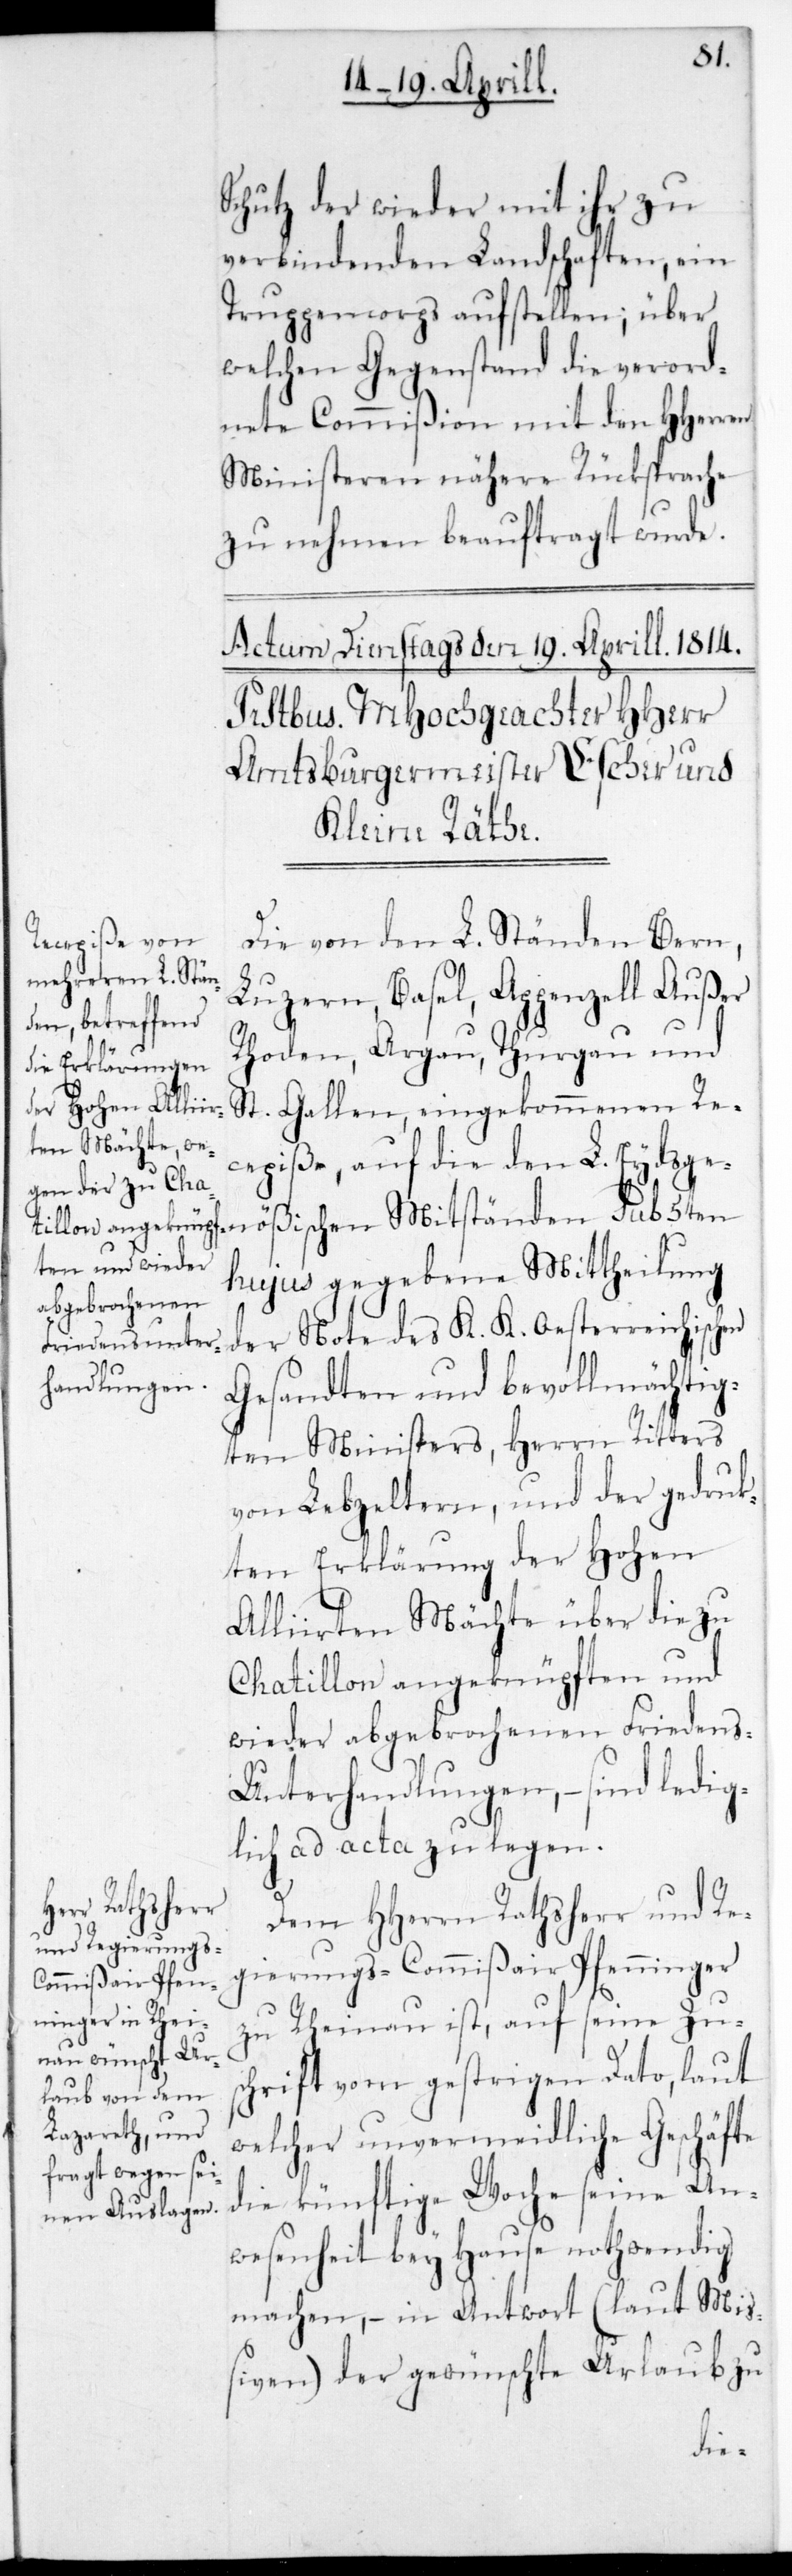
Schutz der wieder mit ihr zu
verbindenden Landschaften, ein
Truppencorps aufstellen; über
welchen Gegenstand die verord¬
nete Commißion mit den HHerren
Ministeren nähere Rücksprache
zu nehmen beauftragt wurde.
Die von den L. Ständen Bern,
Luzern, Basel, Appenzell Außer
Rhoden, Argau, Thurgau und
nößischen Mitstän¬
St. Gallen, eingekommenen Re¬
cepiße, auf die den L. Eydsge¬
hujus gegebene Mittheilung
der Note des K. K. Oesterreichischen
Gesandten und bevollmächtig¬
ten Ministers, Herrn Ritters
von Lebzeltern, und der gedruc¬
kten Erklärung der Hohen
Alliirten Mächte über die zu
Chatillon angeknüpften und
wieder abgebrochenen Friedens-U¬
nterhandlungen, – sind ledig¬
lich ad acta zu legen.
Dem Herrn Rathsherr und Re¬
gierungs-Commißair Pfenninger
zu Rheinau ist, auf seine Zus¬
chrift vom gestrigen Dato, laut
welcher unvermeidliche Geschäfte
die künftige Woche seine An¬
wesenheit bey Hause nothwendig
machen, – in Antwort (laut Mi¬
ßiven) der gewünschte Urlaub zu
den